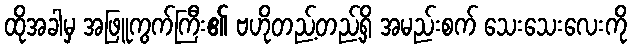
ထိုအခါမှ အဖြူကွက်ကြီး၏ ဗဟိုတည့်တည့်ရှိ အမည်းစက် သေးသေးလေးကို